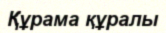
Құрама құралы